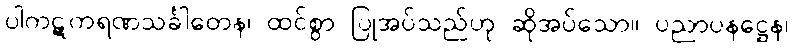
ပါကဋကရဏသင်္ခါတေန၊ ထင်စွာ ပြုအပ်သည်ဟု ဆိုအပ်သော။ ပညာပနဋ္ဌေန၊